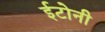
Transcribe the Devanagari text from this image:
ईटोनी